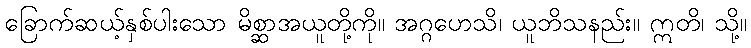
ခြောက်ဆယ့်နှစ်ပါးသော မိစ္ဆာအယူတို့ကို။ အဂ္ဂဟေသိ၊ ယူဘိသနည်း။ ဣတိ၊ သို့။